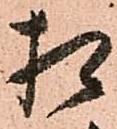
相